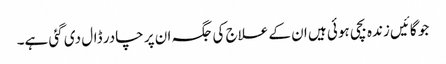
جو گائیں زندہ بچی ہوئی ہیں ان کے علاج کی جگہ ان پر چادر ڈال دی گئی ہے۔